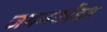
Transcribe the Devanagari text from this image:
जयनकोंडम